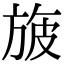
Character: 旇